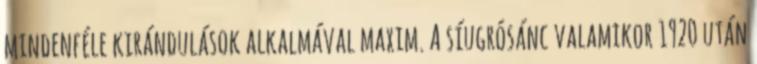
mindenféle kirándulások alkalmával maxim. A síugrósánc valamikor 1920 után